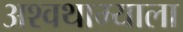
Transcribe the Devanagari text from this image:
अश्वथाम्याला